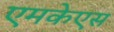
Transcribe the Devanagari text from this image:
एमकेएस